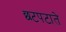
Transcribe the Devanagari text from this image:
छटपटाते